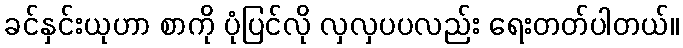
ခင်နှင်းယုဟာ စာကို ပုံပြင်လို လှလှပပလည်း ရေးတတ်ပါတယ်။